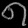
Digit: ၈